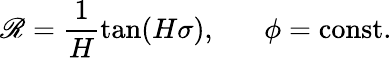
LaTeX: \mathscr{R}=\frac{{1}}{{H}}\tan(H\sigma),\; \; \; \; \; \; \phi=\mathrm{{const.}}